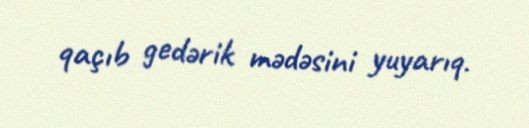
qaçıb gedərik mədəsini yuyarıq.